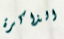
الذاكرة